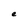
Character: e